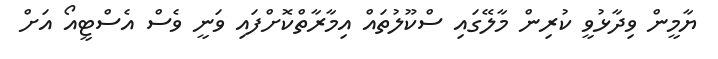
ޔާމީން ވިދާޅުވީ ކުރިން މާލޭގައި ސްކޫލުތައް އިމާރާތްކޮށްފައި ވަނީ ވެސް އެސްޓީއޯ އަށް